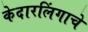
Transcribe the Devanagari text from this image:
केदारलिंगाचे